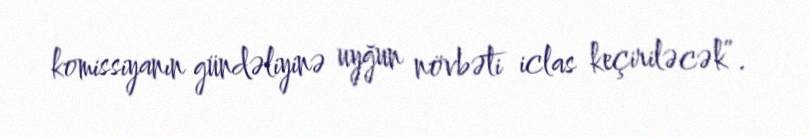
komissiyanın gündəliyinə uyğun növbəti iclas keçiriləcək”.